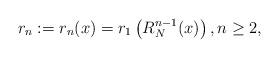
LaTeX: \begin{align*}r_n := r_n(x) = r_1\left( R^{n-1}_N (x) \right), n \geq 2, \end{align*}